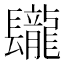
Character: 𨳁